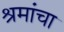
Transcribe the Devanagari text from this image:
श्रमांचा